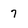
Character: 7